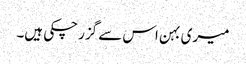
میری بہن اس سے گزر چکی ہیں۔